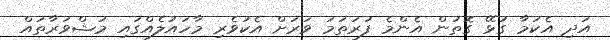
އަދި އެކަމާ ގުޅޭ ގޮތުން އެންމެ ފުރަތަމަ ވަރަށް އެކުވެރި މާހައުލެއްގައި މަޝްވަރާތައް